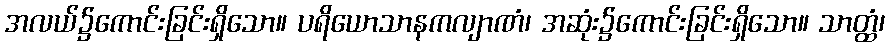
အလယ်၌ကောင်းခြင်းရှိသော။ ပရိယောသာနကလျာဏံ၊ အဆုံး၌ကောင်းခြင်းရှိသော။ သာတ္ထံ၊